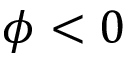
\phi < 0